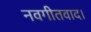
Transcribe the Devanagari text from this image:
नवगीतवाद।